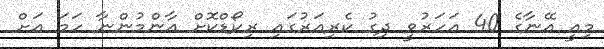
މިއީ އޭނާގެ 40 އަހަރުވީ ދިގު ކެރިއަރުގައި ރިކޯޑްކޮށް އާންމުންނާ ހަމަ އަށް